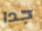
جدا